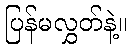
ပြန်မလွှတ်နဲ့။